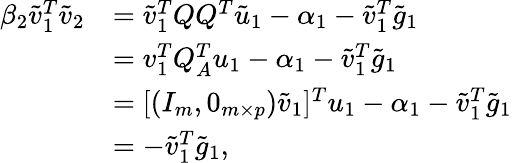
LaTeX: \begin{array}{rl}{\beta_{2}\tilde{v}_{1}^{T}\tilde{v}_{2}}&{=\tilde{v}_{1}^{T}QQ^{T}\tilde{u}_{1}-\alpha_{1}-\tilde{v}_{1}^{T}\tilde{g}_{1}}\\ &{=v_{1}^{T}Q_{A}^{T}u_{1}-\alpha_{1}-\tilde{v}_{1}^{T}\tilde{g}_{1}}\\ &{=[(I_{m},0_{m\times p})\tilde{v}_{1}]^{T}u_{1}-\alpha_{1}-\tilde{v}_{1}^{T}\tilde{g}_{1}}\\ &{=-\tilde{v}_{1}^{T}\tilde{g}_{1},}\end{array}